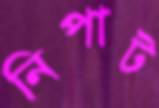
নিপাট